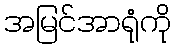
အမြင်အာရုံကို